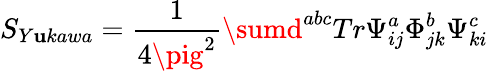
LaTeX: S_{Y\mathbf{u}kawa}=\frac{{1}}{{4\pig^{2}}}\sumd^{abc}Tr\Psi_{ij}^{a}\Phi_{jk}^{b}\Psi_{ki}^{c}